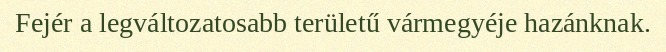
Fejér a legváltozatosabb területű vármegyéje hazánknak.